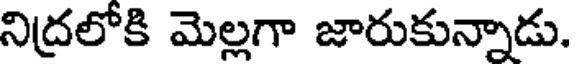
నిద్రలోకి మెల్లగా జారుకున్నాడు.